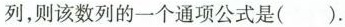
列，则该数列的一个通项公式是().